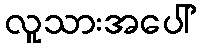
လူသားအပေါ်